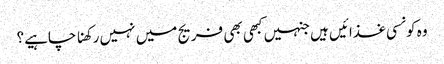
وہ کونسی غذائیں ہیں جنہیں کبھی بھی فریج میں نہیں رکھنا چاہیے؟